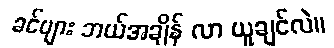
ခင်ဗျား ဘယ်အချိန် လာ ယူချင်လဲ။